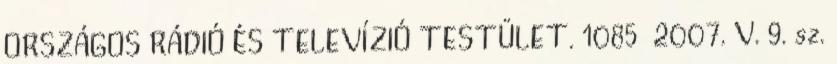
ORSZÁGOS RÁDIÓ ÉS TELEVÍZIÓ TESTÜLET. 1085 2007. V. 9. sz.